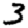
Digit: 3